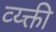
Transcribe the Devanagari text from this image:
व्य्क्ती